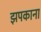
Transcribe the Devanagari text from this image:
झपकाना